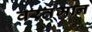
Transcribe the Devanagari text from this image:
वरत़़मान